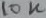
Text: 10K